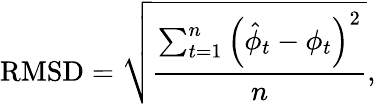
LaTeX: \mathrm{RMSD}=\sqrt{\frac{\sum_{t=1}^{n}\left(\hat{\phi}_{t}-\phi_{t}\right)^{2}}{n}},